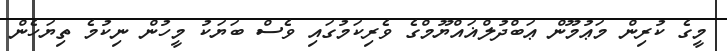
މީގެ ކުރިން މަޢުމޫން ޢަބްދުލްޣައްޔޫމްގެ ވެރިކަމުގައި ވެސް ބަޔަކު މީހުން ނިކުމެ ތިޔަހެން